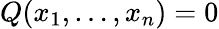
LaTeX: Q(x_{1},\ldots,x_{n})=0